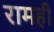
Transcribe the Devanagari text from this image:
रामही